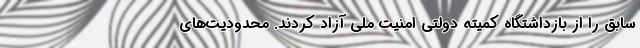
سابق را از بازداشتگاه کمیته دولتی امنیت ملی آزاد کردند. محدودیت‌های